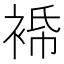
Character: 𧚓